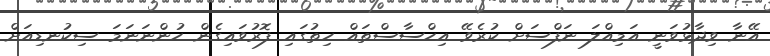
އޭނާ ވިދާޅުވަނީ އަމިއްލަ ނަފްސަށް ކުރެވޭ އިހްސާސްތައް ހިތުގައި ފޮރުވައިގެން ހުންނަނަމަ ސިކުނޑިއަށް